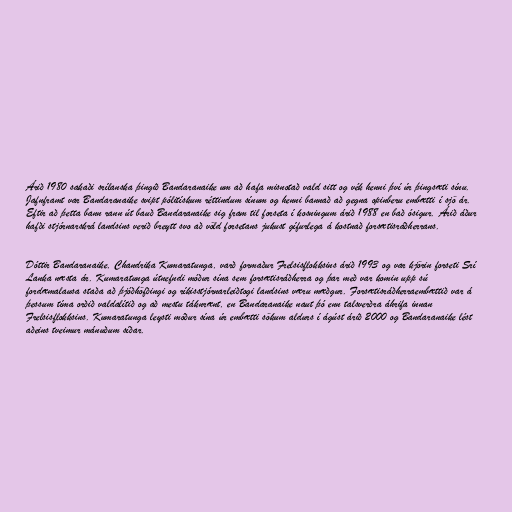
Árið 1980 sakaði srílanska þingið Bandaranaike um að hafa misnotað vald sitt og vék henni því úr þingsæti sínu.
Jafnframt var Bandaranaike svipt pólitískum réttindum sínum og henni bannað að gegna opinberu embætti í sjö ár.
Eftir að þetta bann rann út bauð Bandaranaike sig fram til forseta í kosningum árið 1988 en bað ósigur. Árið áður
hafði stjórnarskrá landsins verið breytt svo að völd forsetans jukust gífurlega á kostnað forsætisráðherrans.

Dóttir Bandaranaike, Chandrika Kumaratunga, varð formaður Frelsisflokksins árið 1993 og var kjörin forseti Srí
Lanka næsta ár. Kumaratunga útnefndi móður sína sem forsætisráðherra og þar með var komin upp sú
fordæmalausa staða að þjóðhöfðingi og ríkisstjórnarleiðtogi landsins væru mæðgur. Forsætisráðherraembættið var á
þessum tíma orðið valdalítið og að mestu táknrænt, en Bandaranaike naut þó enn talsverðra áhrifa innan
Frelsisflokksins. Kumaratunga leysti móður sína úr embætti sökum aldurs í ágúst árið 2000 og Bandaranaike lést
aðeins tveimur mánuðum síðar.